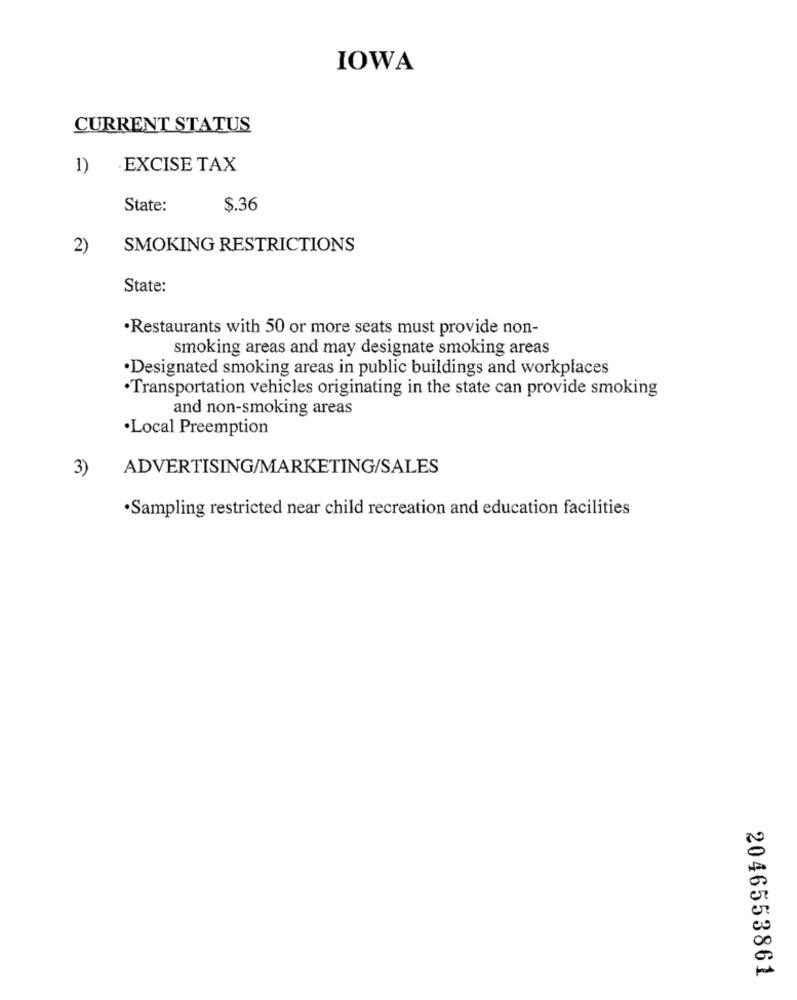
IOWA
CURRENT STATUS
1) EXCISE TAX
State:
$.36
2)
SMOKING RESTRICTIONS
State:
·Restaurants with 50 or more seats must provide non-
smoking areas and may designate smoking areas
·Designated smoking areas in public buildings and workplaces
·Transportation vehicles originating in the state can provide smoking
and non-smoking areas
·Local Preemption
3)
ADVERTISING/MARKETING/SALES
·Sampling restricted near child recreation and education facilities
2046553861